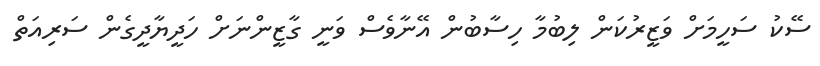
ސޭކު ސަހީމަށް ވަޒީރުކަން ލިބުމާ ހިސާބުން އޭނާވެސް ވަނީ ގާޒީންނަށް ހަދީޔާދީގެން ސަރިއަތް